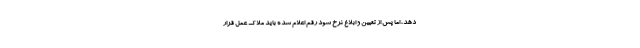
دهد، اما پس از تعیین و ابلاغ نرخ سود رقم اعلام شده باید ملاک عمل قرار